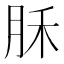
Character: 𣍩